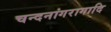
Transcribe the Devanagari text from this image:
चन्दनांगरागादि